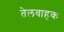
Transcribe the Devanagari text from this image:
तेलवाहक